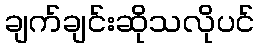
ချက်ချင်းဆိုသလိုပင်